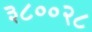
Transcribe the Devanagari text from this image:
३८००२८